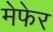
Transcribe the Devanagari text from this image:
मेफेर